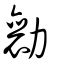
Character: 勷